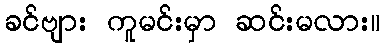
ခင်ဗျား ကူမင်းမှာ ဆင်းမလား။